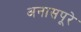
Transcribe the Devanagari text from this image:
अनासपूरे